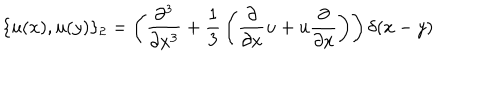
\{ u ( x ) , u ( y ) \} _ { 2 } = \left( { \frac { \partial ^ { 3 } } { \partial x ^ { 3 } } } + { \frac { 1 } { 3 } } \left( { \frac { \partial } { \partial x } } u + u { \frac { \partial } { \partial x } } \right) \right) \delta ( x - y )